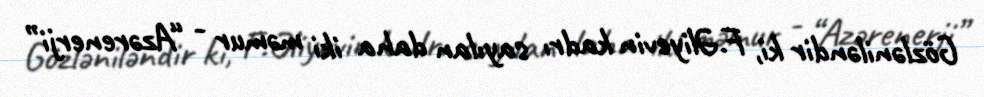
Gözləniləndir ki, F.Əliyevin kadrı sayılan daha iki məmur - “Azərenerji”